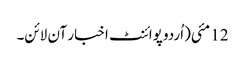
12 مئی(اُردو پوائنٹ اخبار آن لائن۔